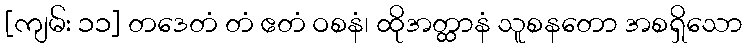
[ကျမ်း ၁၁] တဒေတံ တံ ဧတံ ဝစနံ၊ ထိုအတ္ထာနံ သူစနတော အစရှိသော